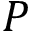
P